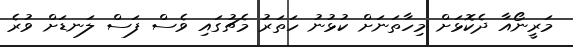
މަރީނޯއާ ދެކޮޅަށް މިހާތަނަށް ކުޅުނު ހަތަރު މެޗުގައި ވެސް ފަސް ލަނޑަށް ވުރެ